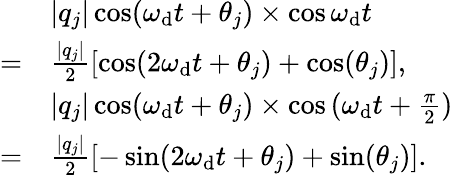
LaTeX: \begin{array}{rl}&{\lvert q_{j}\rvert\cos(\omega_{\mathrm{d}}t+\theta_{j})\times\cos{\omega_{\mathrm{d}}t}}\\ {=}&{\frac{\lvert q_{j}\rvert}{2}\left[\cos(2\omega_{\mathrm{d}}t+\theta_{j})+\cos(\theta_{j})\right],}\\ &{\lvert q_{j}\rvert\cos(\omega_{\mathrm{d}}t+\theta_{j})\times\cos{(\omega_{\mathrm{d}}t+\frac{\pi}{2})}}\\ {=}&{\frac{\lvert q_{j}\rvert}{2}\left[-\sin(2\omega_{\mathrm{d}}t+\theta_{j})+\sin(\theta_{j})\right].}\end{array}